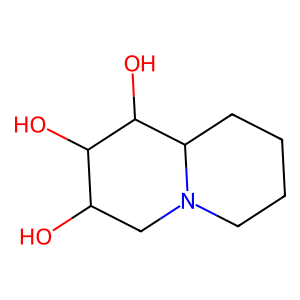
SMILES: OC1CN2CCCCC2C(O)C1O
Inhibits HIV replication: No